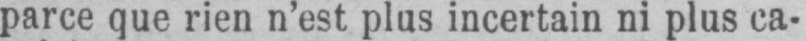
parce que rien n’est plus incertain ni plus ca-